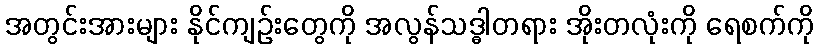
အတွင်းအားများ နိုင်ကျဉ်းတွေကို အလွန်သဒ္ဓါတရား အိုးတလုံးကို ရေစက်ကို